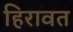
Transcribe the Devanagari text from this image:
हिरावत